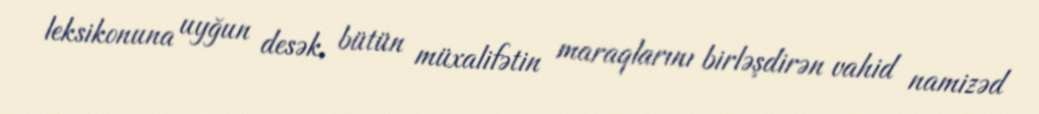
leksikonuna uyğun desək, bütün müxalifətin maraqlarını birləşdirən vahid namizəd